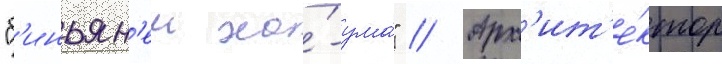
"б'иньян'еи ха́-ума́" // Арх'ит'е́ктор